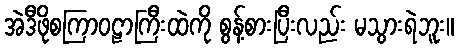
အဲဒီဖိုစကြာဝဠာကြီးထဲကို စွန့်စားပြီးလည်း မသွားရဲဘူး။